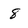
Character: 8